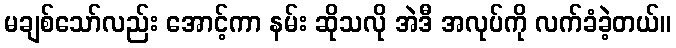
မချစ်သော်လည်း အောင့်ကာ နမ်း ဆိုသလို အဲဒီ အလုပ်ကို လက်ခံခဲ့တယ်။